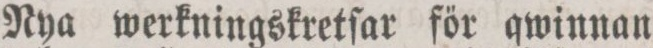
Nya werkningskretſar för qwinnan.